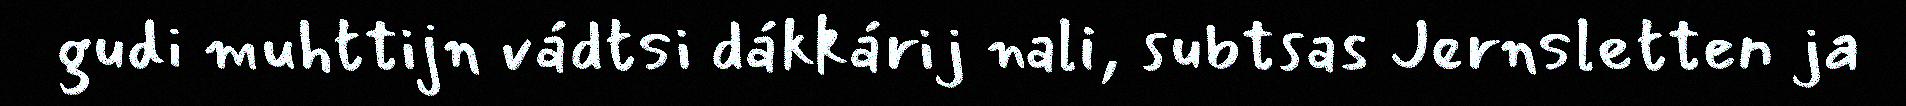
gudi muhttijn vádtsi dákkárij nali, subtsas Jernsletten ja